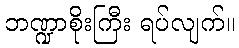
ဘဏ္ဍာစိုးကြီး ရပ်လျက်။